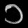
Digit: ၁